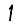
Digit: 1